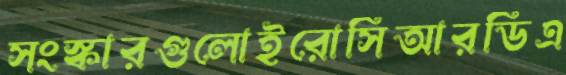
সংস্কারগুলোইরোসিআরডিএ